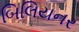
બિલિયનર